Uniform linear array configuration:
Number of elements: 64
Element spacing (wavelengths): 0.25
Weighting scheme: hamming
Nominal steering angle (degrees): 45
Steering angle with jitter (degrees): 46.055
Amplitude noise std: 0.05
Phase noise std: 0.05

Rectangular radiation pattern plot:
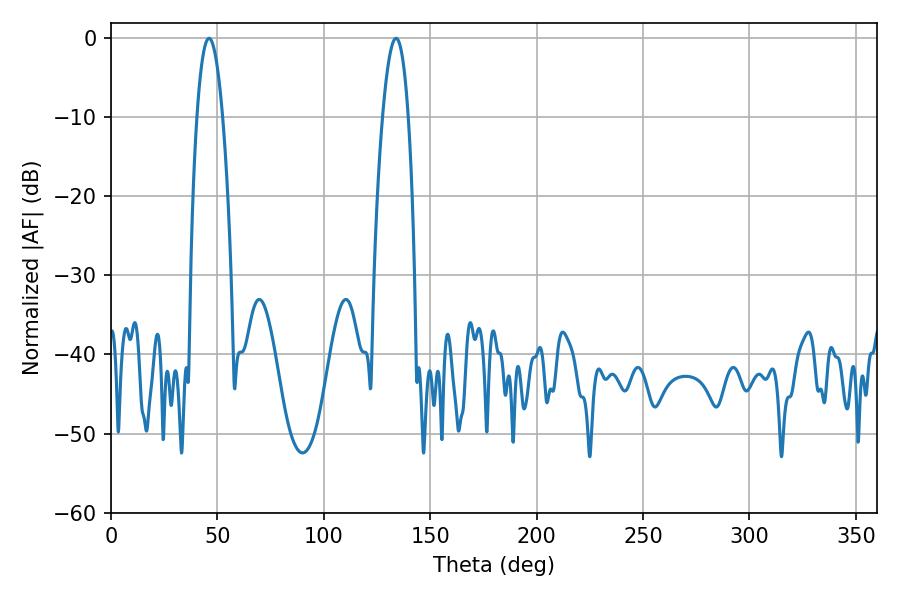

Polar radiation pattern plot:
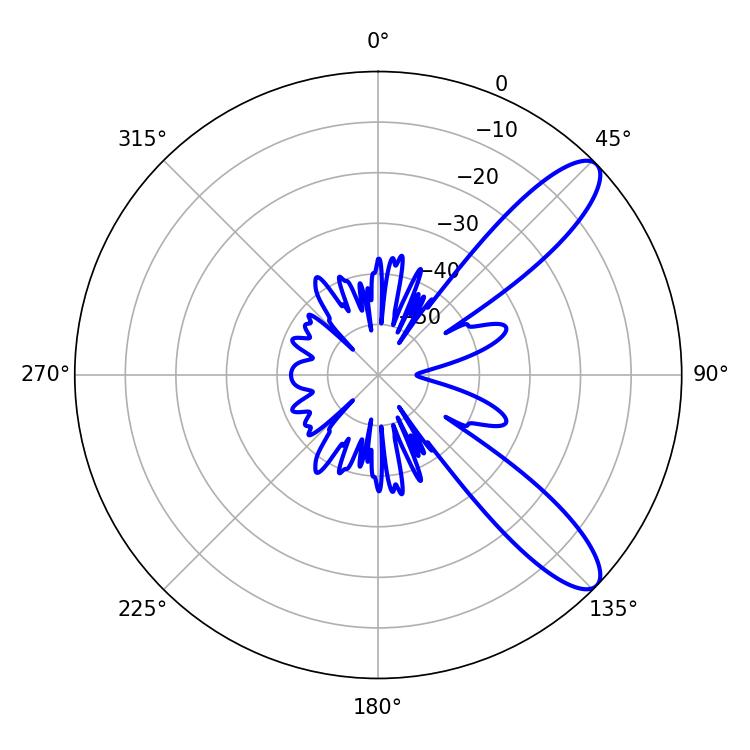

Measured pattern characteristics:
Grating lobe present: FALSE
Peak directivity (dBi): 10.44
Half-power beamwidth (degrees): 6.66
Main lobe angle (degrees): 46.08